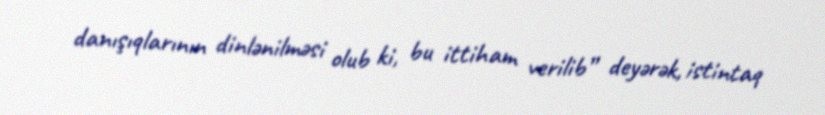
danışıqlarının dinlənilməsi olub ki, bu ittiham verilib” deyərək, istintaq